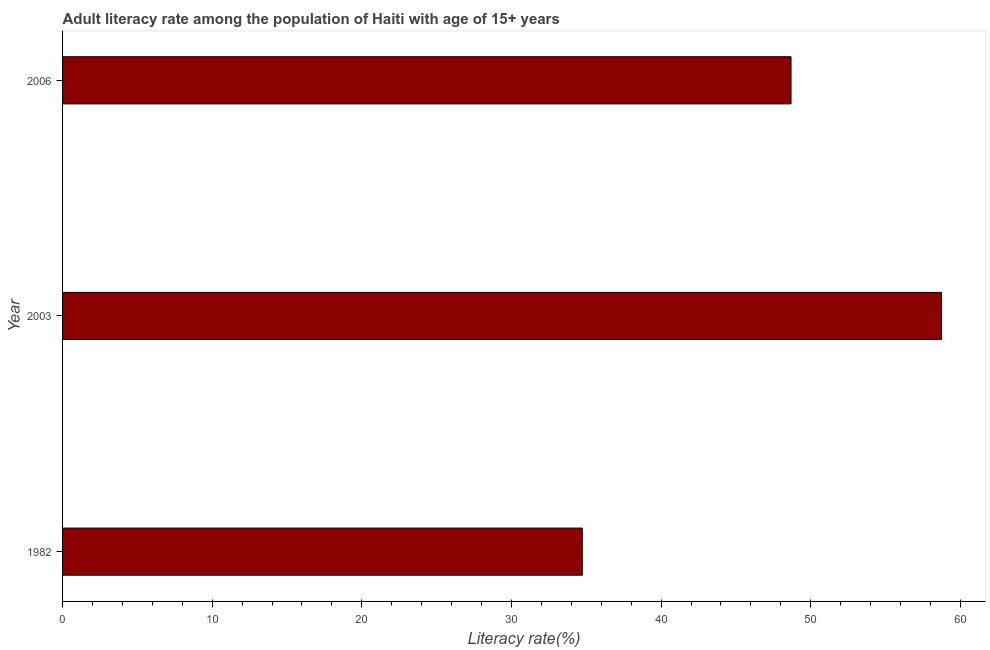
| Year | Adult literacy rate |
 | --- | --- |
 | 1982 | 34.7 |
 | 2003 | 58.7 |
 | 2006 | 48.7 |